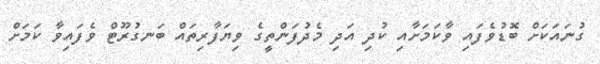
ގުނައަކަށް ބޮޑުވެފައި ވާކަމަށާއި ކުދި އަދި މެދުފަންތީގެ ވިޔަފާރިތައް ބަނގުރޫޓް ވެފައިވާ ކަމަށް